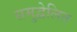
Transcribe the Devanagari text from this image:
समुद्वेलित